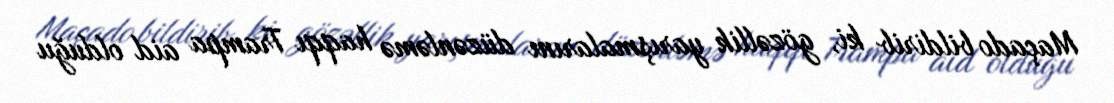
Maçado bildirib ki, gözəllik yarışmalarını düzənləmə haqqı Trampa aid olduğu